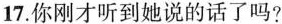
17.你刚才听到她说的话了吗?